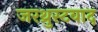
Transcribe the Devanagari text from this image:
जरथ्रुस्टवाद